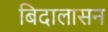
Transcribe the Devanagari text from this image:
बिदालासन